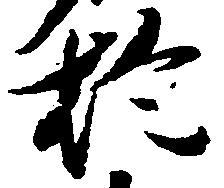
於